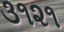
૩૧૨૧